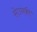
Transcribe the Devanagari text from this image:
सेउनकी